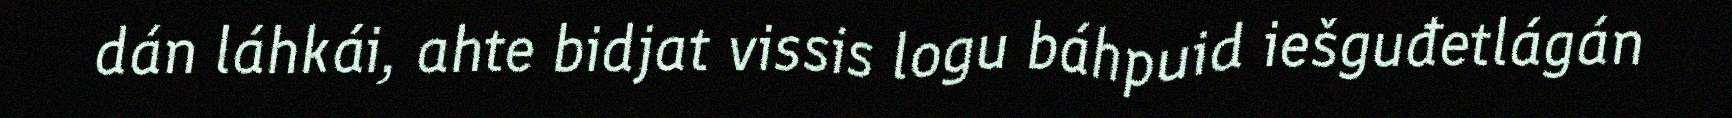
dán láhkái, ahte bidjat vissis logu báhpuid iešguđetlágán